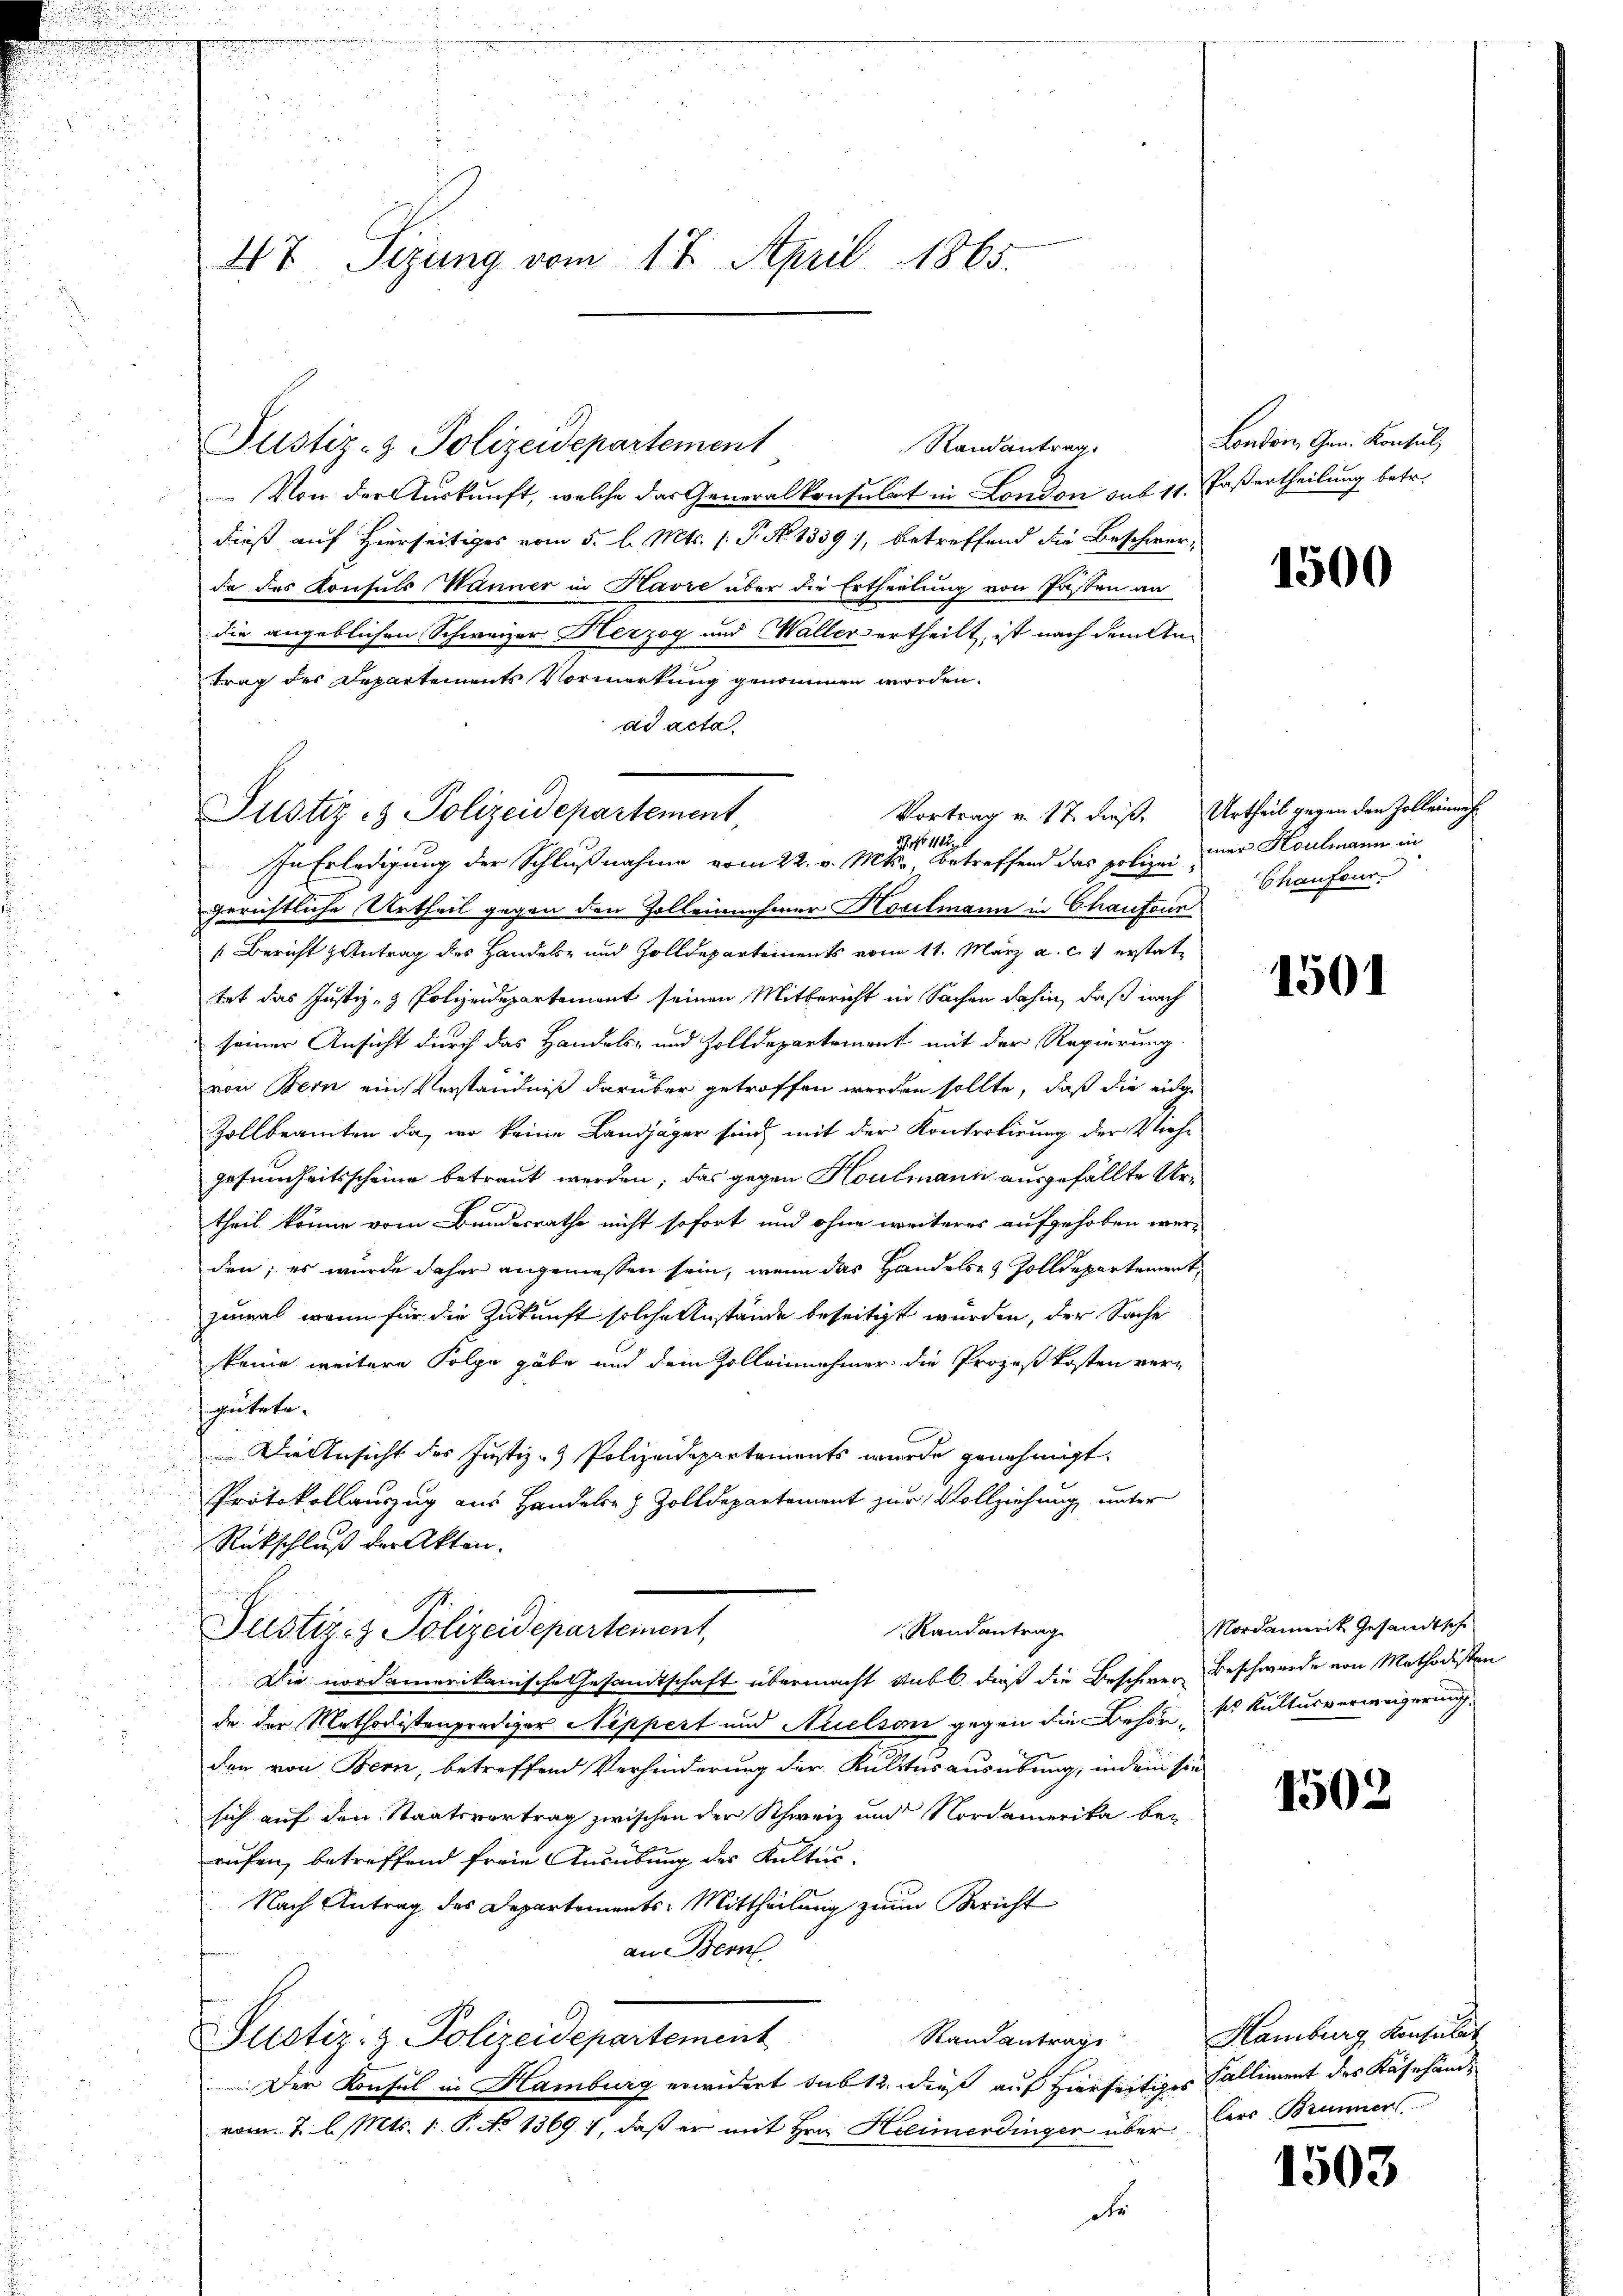
u
u

d

47 Sizung vom 17. April 1865.

Justiz- & Polizeidepartement,

Justiz- & Polizeidepartement
Randantrag.
Von der Auskunft, welche das Generalkonsulat in London sub 11. Pastertheilung betr.
dieß auf Hierseitiges vom 5. d. Mts. (T. No 1339), betreffend die Beschwer-
da das Konsuls Wanner in Havre über die Ertheilung von Pasten an
die angeblichen Schweizer Herzog und Waller ertheilt, ist nach dem Antrag des Departements Vormerkung genommen worden.
ad acta.
Vortrag v. 17. dieß. Urtheil gegen den Zolleinmahr 1112.
In Erledigung der Schlußnahme vom 22. v. Mts., betreffend das polizeigerichtliche Urtheil gegen den Zolleinehmer Hocelmann in Chaufour
 Bericht Antrag des Handels- und Zolldepartements vom 11. März a. c. erstattet das Justiz- & Polizeidepartement seinen Mitbericht in Sachen dahin, daß nach
seiner Ansicht durch das Handels- und Zolldepartement mit der Regierung
von Bern ein Verständniß darüber getroffen werden sollte, daß die eidge
Zollbeamten da, wo keine Landjäger sind mit der Kontrolirung der Viehgesundheitsscheine betraut werden; das gegen Koulmann ausgefällte Urtheil könne vom Bundesrathe nicht sofort und ohne weiteres aufgehoben werden; es wurde daher angeniessen sein, wenn das Handelses Zolldepartement
zumal, wenn für die Zukunft solche Anstände beseitigt wurden, der Sache
keine weitere Folge gäbe und dem Zollannehmer die Prozeßkosten vern
gutete.

 Die Ansicht der Justiz- & Polizeidepartements wurde genehmigt
u
n
Protokollauszug aus Handeln & Zolldepartement zur Vollziehung unter
Rückschluß der Akten.
Randantrag
Justiz- & Polizeidepartement,
Die nordamerikanische Gesandtschaft übermacht sub b. dieß die Beschwere Beschwerde von Methodisten
de der Methodistenprediger Nippert und Auelson gegen die Behör, so kultusverweigerung.
den von Bern, betreffend Verhinderung der Kulttes ausübung, indem sie
sich auf den Staatsvertrag zwischen der Schweiz und Nordamerika bei
rufen, betreffend freie Ausübung des Kultur¬
Nach Antrag des Departements-Mittheilung zum Bericht
an Bern
Justiz- & Polizeidepartement
Der Konsul in Hamburg erwidert sub 12. dieß auf hierseitiges Kalliment des Käsehande
vom 2. l. Mts. 1. P. No 1369 1, daß er mit Hrn. Heimerdinger über ders Brunner
u
der

London, Gen. Konsul

1500

mer Houlmann in
Chaufour.

1501

Nordamerit Gesandtsche

1502

Standantrage Hamburg Konsulat

1503